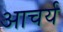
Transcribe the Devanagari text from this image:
आचर्य